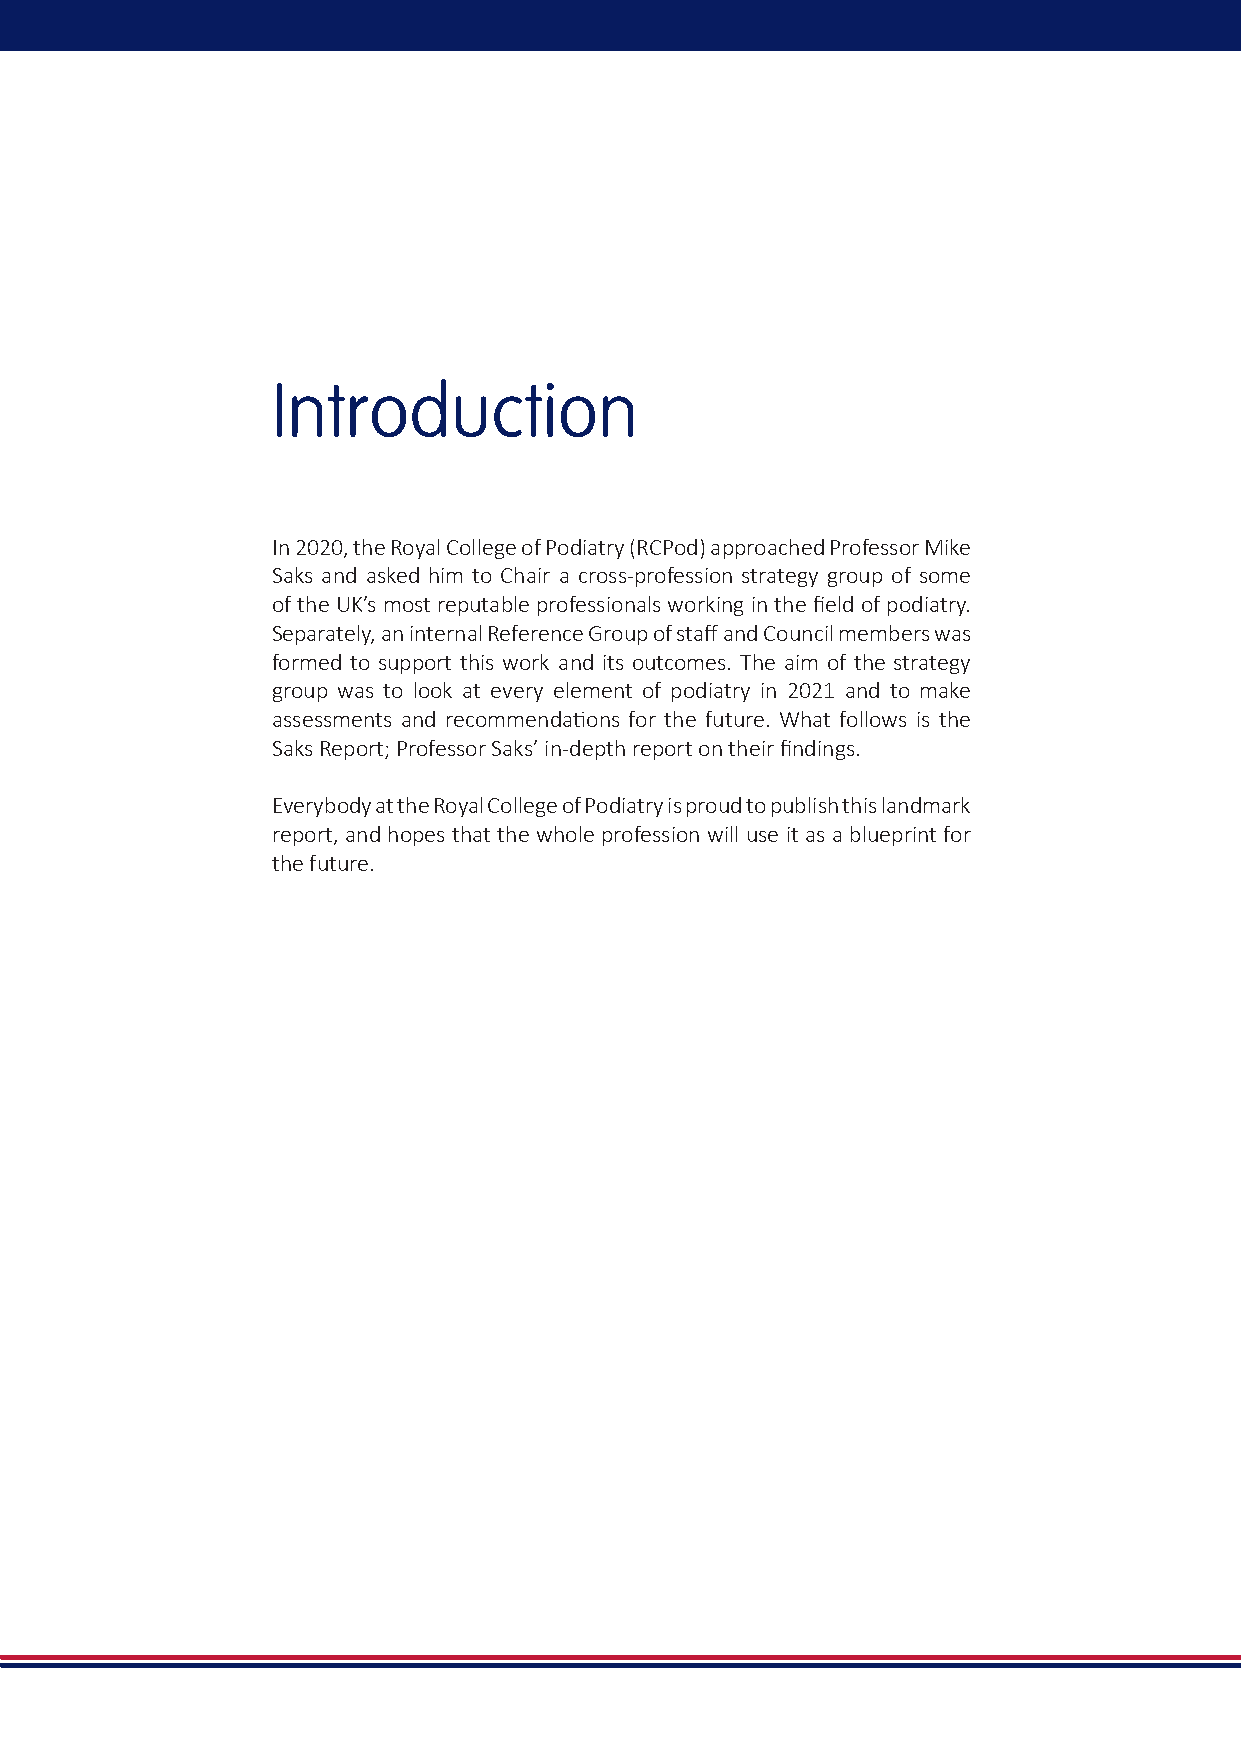
Introduction
 In 2020, the Royal College of Podiatry (RCPod) approached Professor Mike
 Saks and asked him to Chair a cross-profession strategy group of some
 of the UK’s most reputable professionals working in the field of podiatry.
 Separately, an internal Reference Group of staff and Council members was
 formed to support this work and its outcomes. The aim of the strategy
 group was to look at every element of podiatry in 2021 and to make
 assessments and recommendations for the future. What follows is the
 Saks Report; Professor Saks’ in-depth report on their findings.
 Everybody at the Royal College of Podiatry is proud to publish this landmark
 report, and hopes that the whole profession will use it as a blueprint for
 the future.